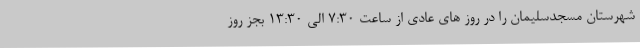
شهرستان مسجدسلیمان را در روز های عادی از ساعت ۷:۳۰ الی ۱۳:۳۰ بجز روز